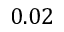
0 . 0 2